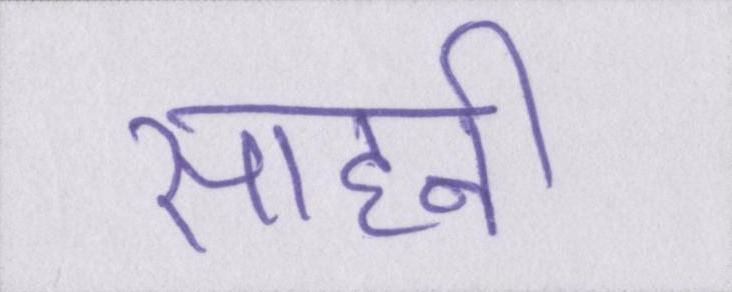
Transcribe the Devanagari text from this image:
साहनी